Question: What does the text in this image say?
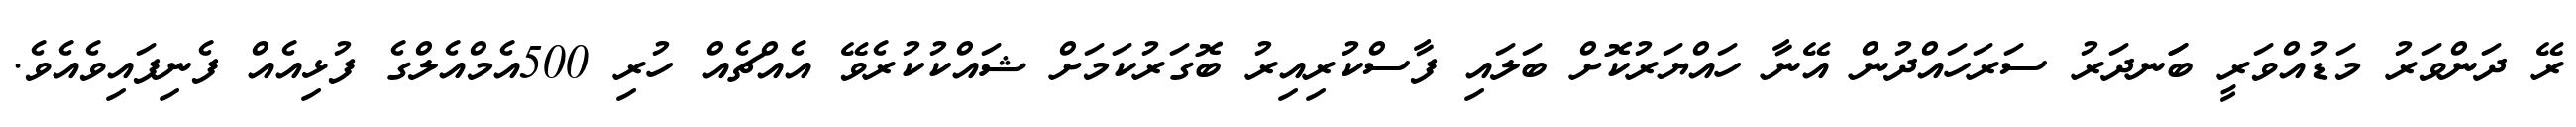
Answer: ރޭ ދަންވަރު މަޑުއްވަރީ ބަަނދަރު ސަރަހައްދުން އޭނާ ހައްޔަރުކޮށް ބަލައި ފާސްކުރިއިރު ބޮގަރުކަމަށް ޝައްކުކުރެވޭ އެއްޗެއް ހުރި 500އެމްއެލްގެ ފުޅިއެއް ފެނިފައިވެއެވެ.